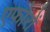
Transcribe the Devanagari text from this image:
एफोरों